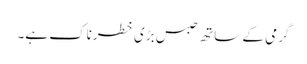
گرمی کے ساتھ حبس بڑی خطرناک ہے۔